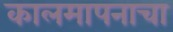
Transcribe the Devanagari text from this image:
कालमापनाचा